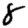
Digit: 8